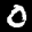
Label: 0